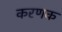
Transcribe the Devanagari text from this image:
करणक